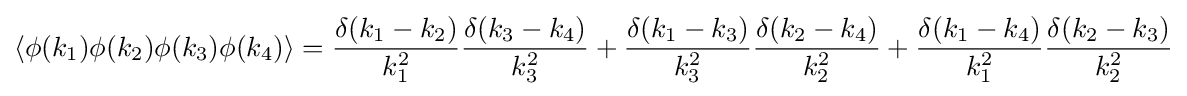
\left\langle \phi (k_{1})\phi (k_{2})\phi (k_{3})\phi (k_{4})\right\rangle ={\frac {\delta (k_{1}-k_{2})}{k_{1}^{2}}}{\frac {\delta (k_{3}-k_{4})}{k_{3}^{2}}}+{\frac {\delta (k_{1}-k_{3})}{k_{3}^{2}}}{\frac {\delta (k_{2}-k_{4})}{k_{2}^{2}}}+{\frac {\delta (k_{1}-k_{4})}{k_{1}^{2}}}{\frac {\delta (k_{2}-k_{3})}{k_{2}^{2}}}